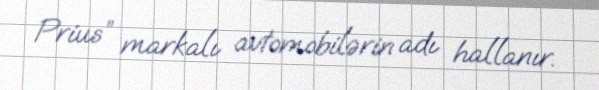
Prius” markalı avtomobilərin adı hallanır.